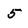
Character: 5